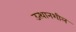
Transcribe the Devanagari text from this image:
उत्थानशील